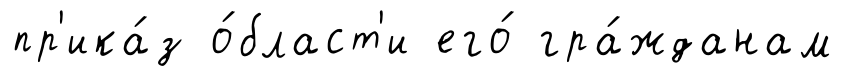
пр'ика́з о́бласт'и его́ гра́жданам